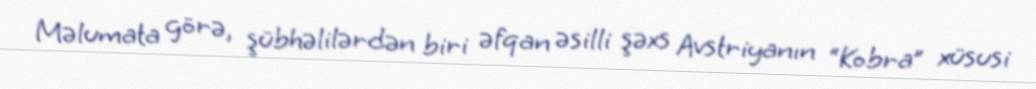
Məlumata görə, şübhəlilərdən biri əfqan əsilli şəxs Avstriyanın “Kobra” xüsusi